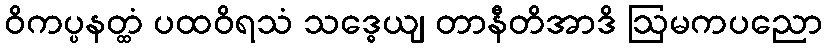
ဝိကပ္ပနတ္ထံ ပထဝိရသံ သဒ္ဓေယျ တာနီတိအာဒိ ဩမကပညော